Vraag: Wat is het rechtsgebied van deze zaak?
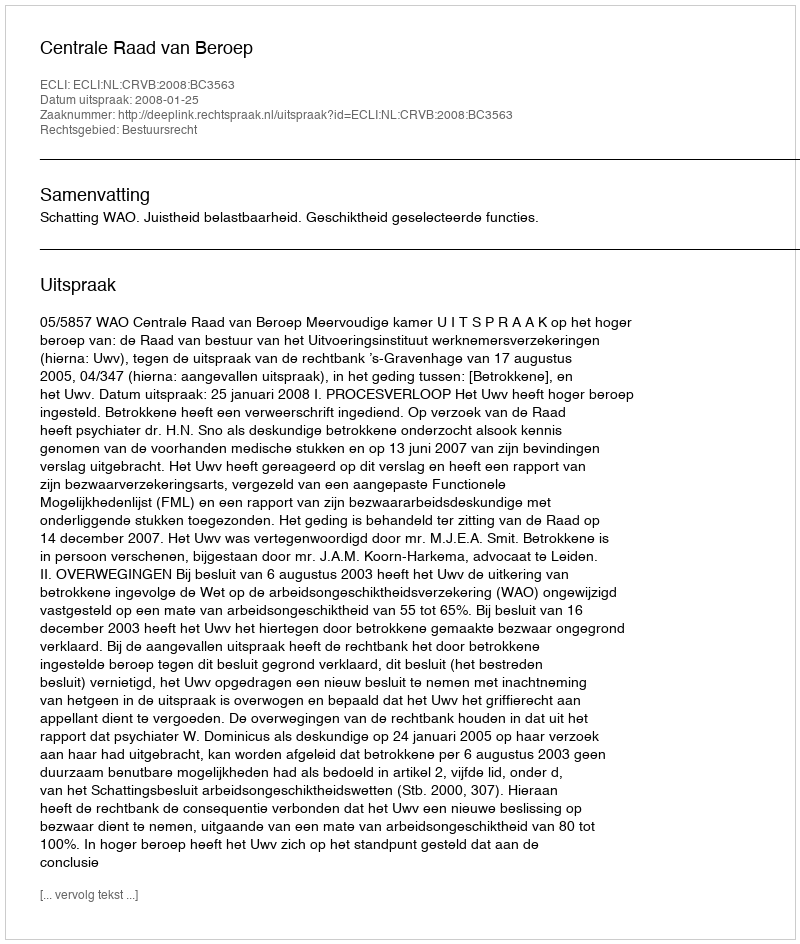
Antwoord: Bestuursrecht